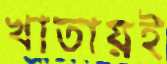
খাতায়ই